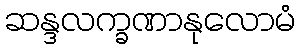
ဆန္ဒလက္ခဏာနုလောမံ